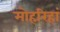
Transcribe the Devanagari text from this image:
मोहरिहां